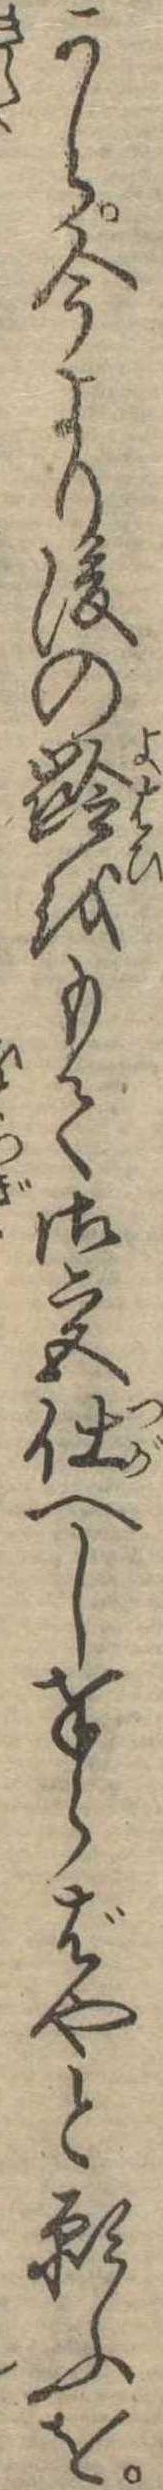
から今より後の齢をもて御宮仕へし奉らばやと願ふを